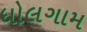
ધોલગામ